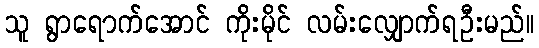
သူ ရွာရောက်အောင် ကိုးမိုင် လမ်းလျှောက်ရဦးမည်။